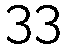
33